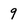
Character: 9